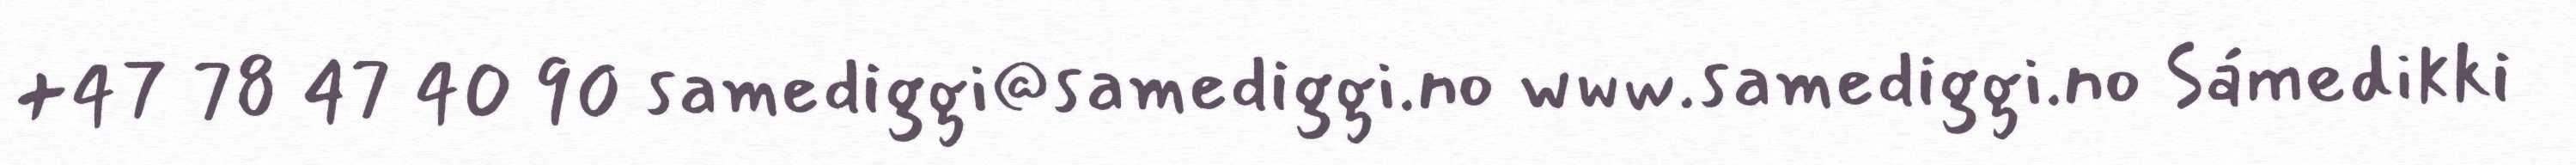
+47 78 47 40 90 samediggi@samediggi.no www.samediggi.no Sámedikki